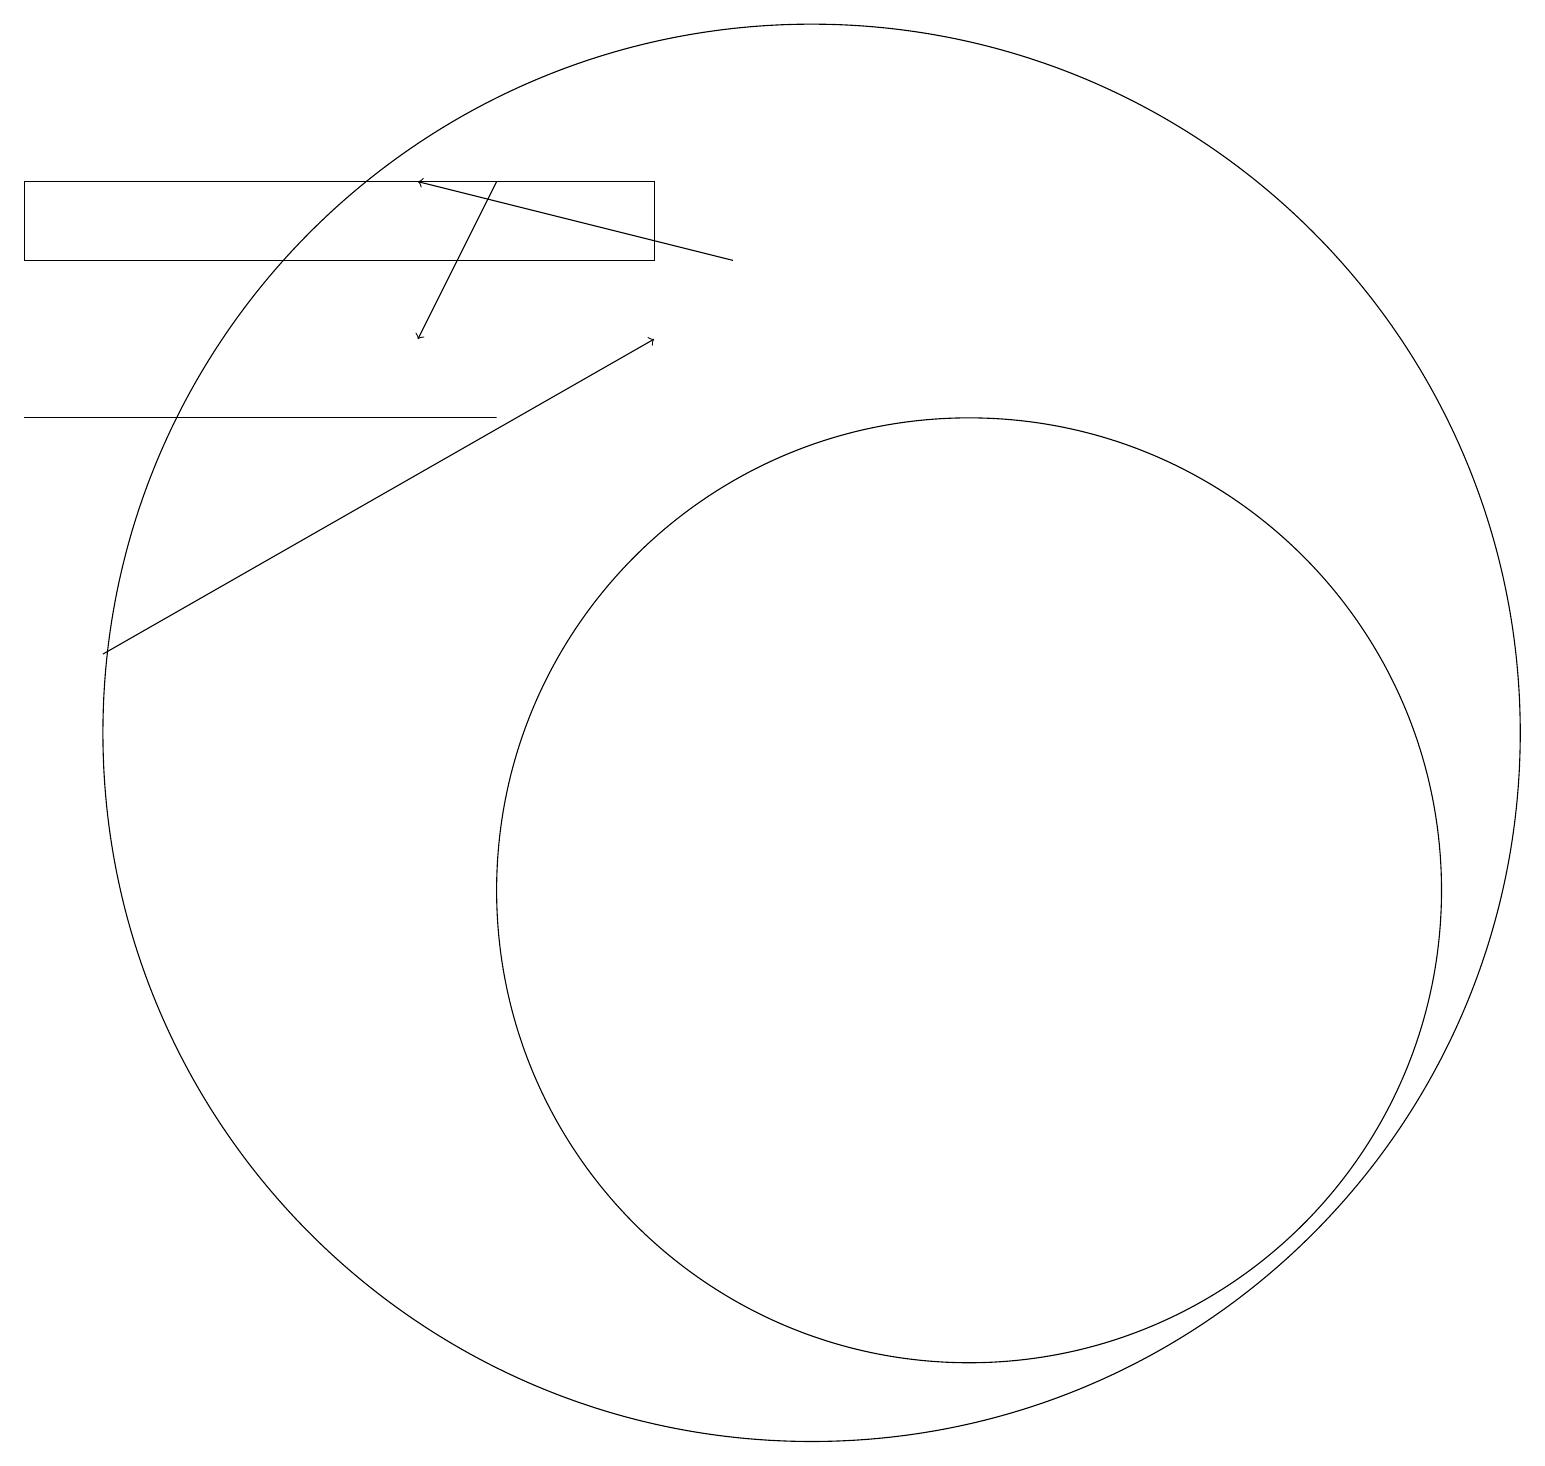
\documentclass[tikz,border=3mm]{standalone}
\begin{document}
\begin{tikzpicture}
\draw[->] (9,18) -- (5,19);
\draw[->] (6,19) -- (5,17);
\draw (8,19) rectangle (0,18);
\draw (6,16) rectangle (0,16);
\draw[->] (1,13) -- (8,17);
\draw (12,10) circle (6);
\draw (10,12) circle (9);
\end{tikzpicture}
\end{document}